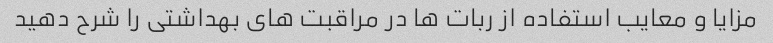
مزایا و معایب استفاده از ربات ها در مراقبت های بهداشتی را شرح دهید